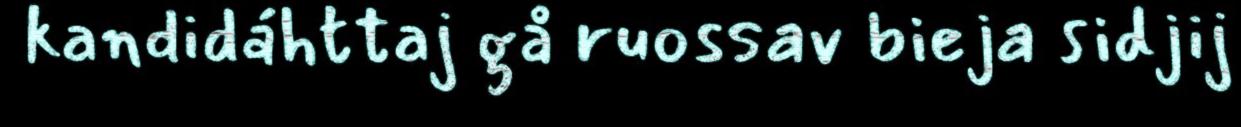
kandidáhttaj gå ruossav bieja sidjij